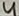
Text: 4